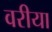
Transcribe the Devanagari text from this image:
वरीया